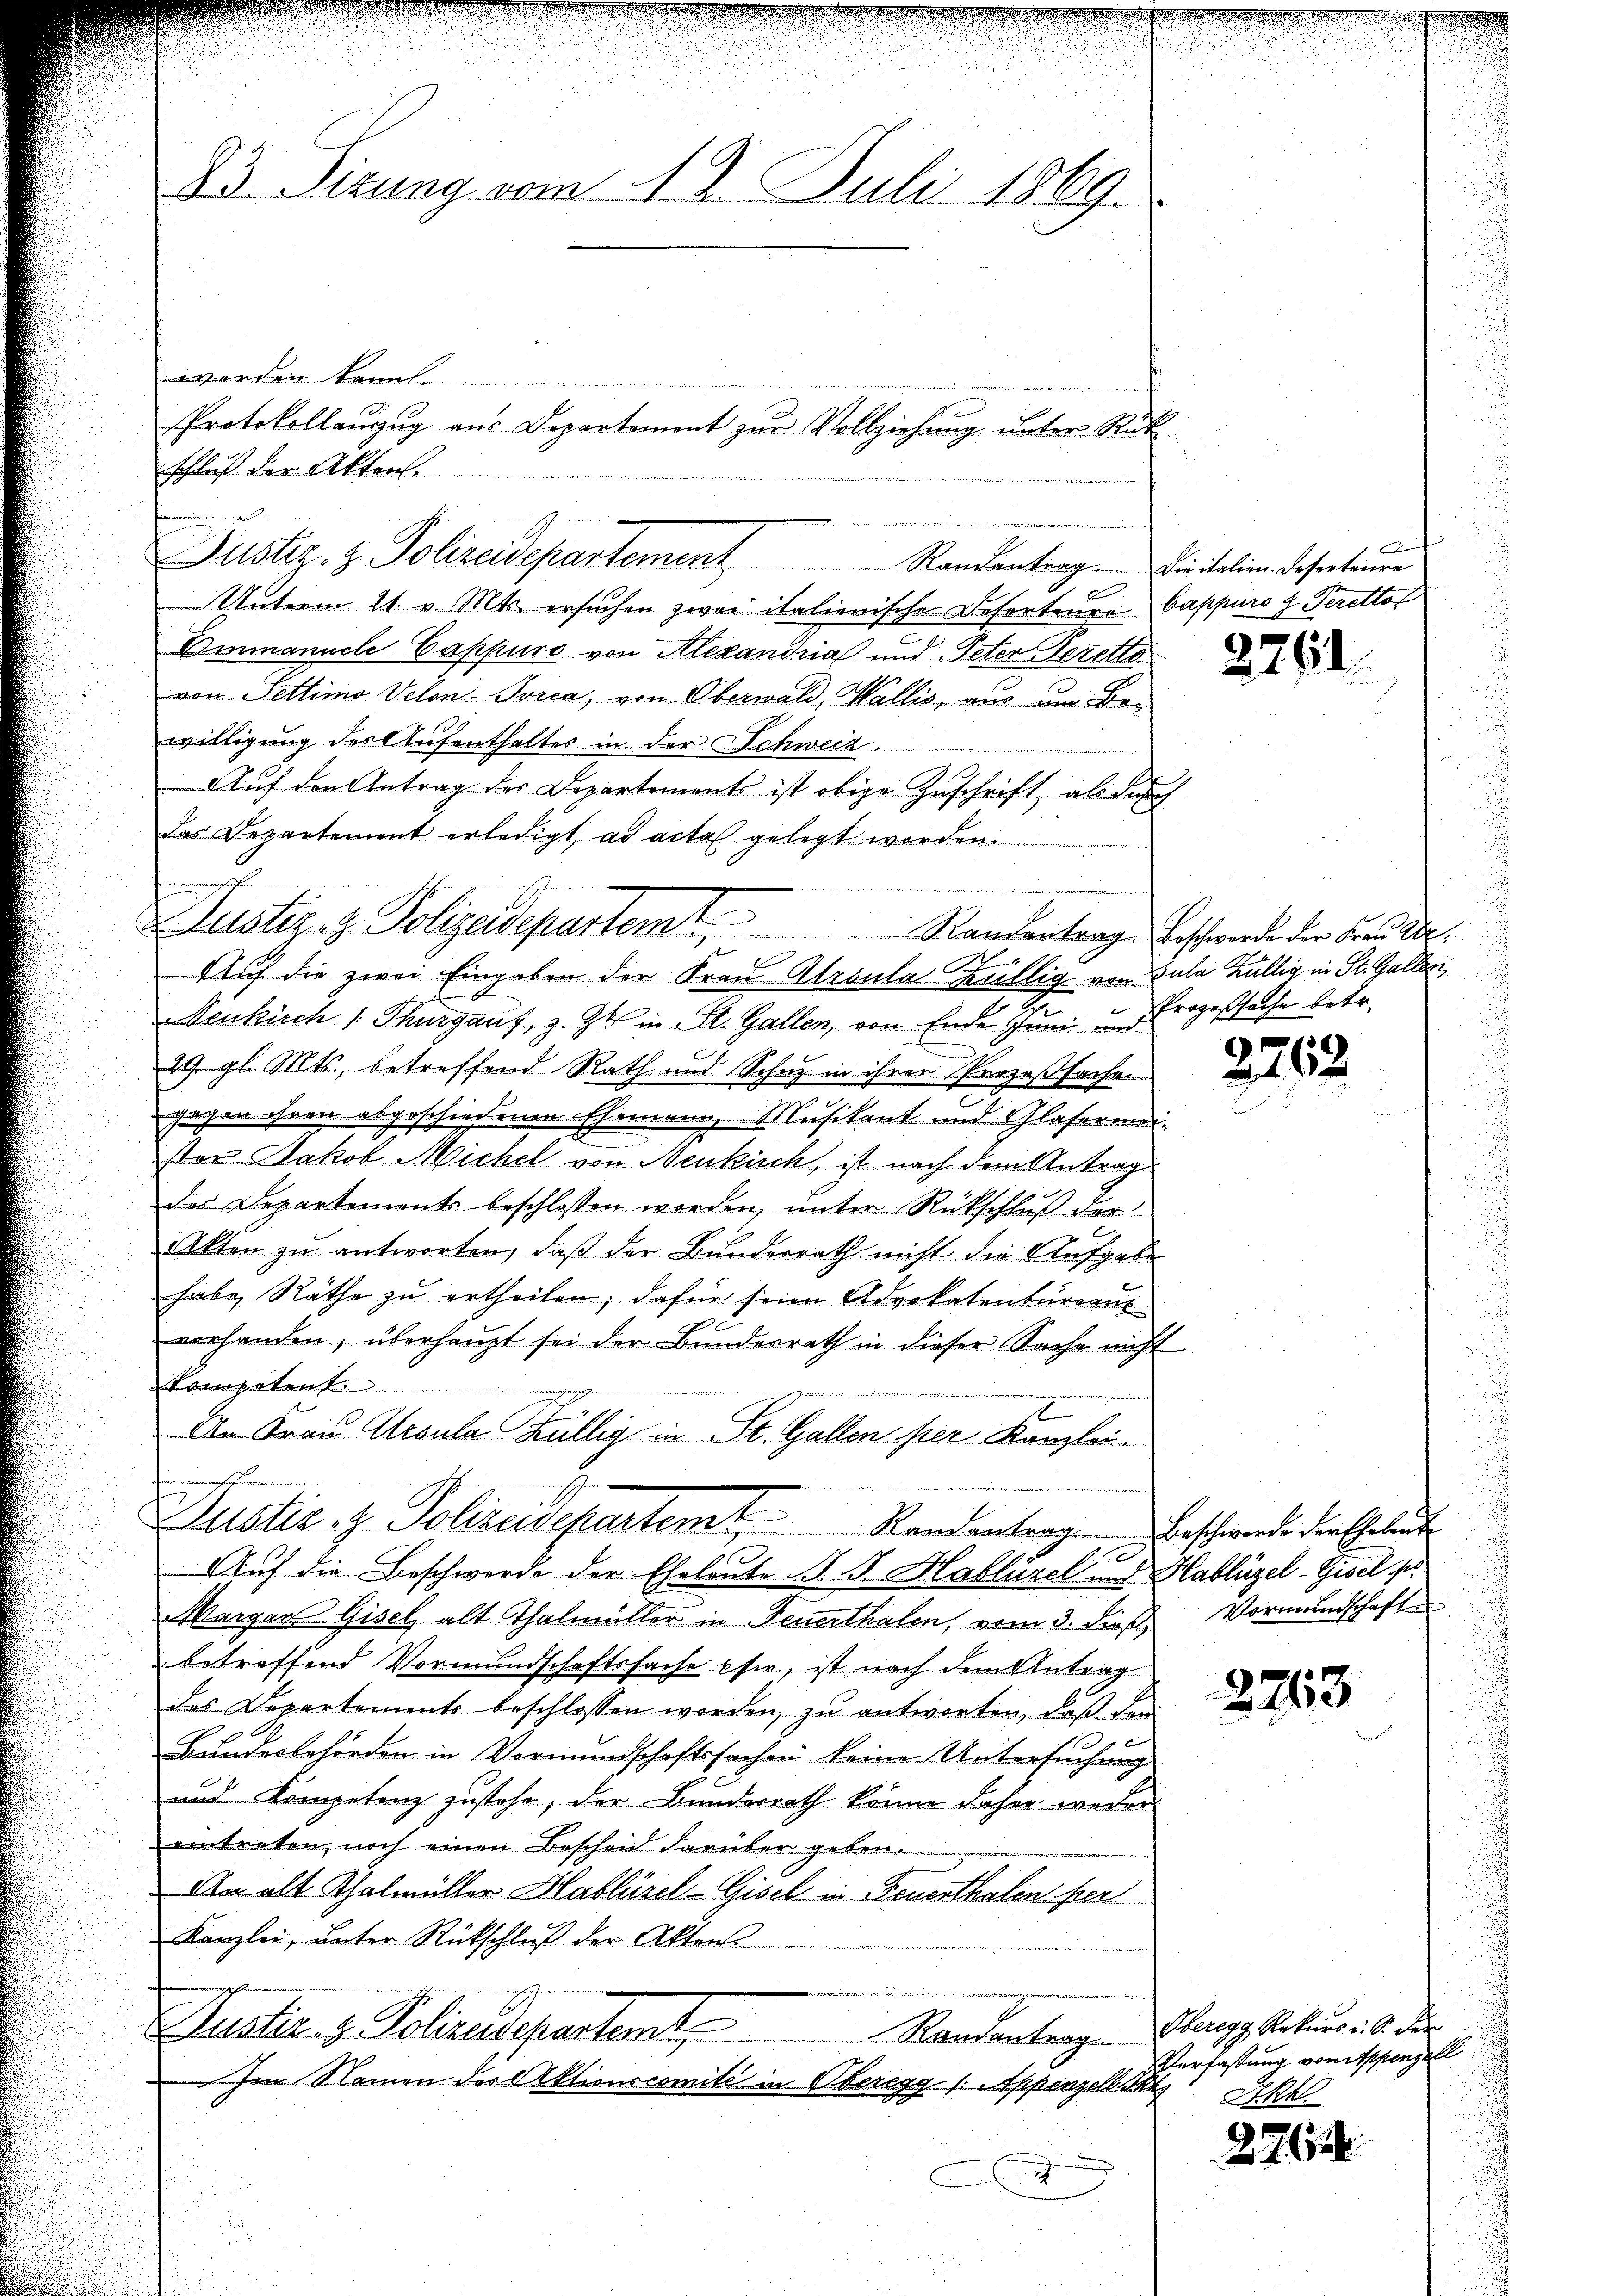
23. Sizung vom 18. Juli 1869.

Justiz- & Polizeidepartemt. Randentrag Beschwerde der Bern der

Protokollanzug aus Departement zur Vollziehung unter Rük¬

Justiz- & Polizeidepartement Randentrag. Die italien deserteure

werden könnte.
schluß der Akten.
f
Unterm 21. v. Mts. ersuchen zwei italienische Deferteure Cappuro 4 Perettot
Emmanuele Cappuro von Alexandria und Peter Gerette
von Settimo Velon Porca, von Oberwald, Wallis, aus um Bewilligung des Aufenthaltes in der Schweiz.
Auf den Antrag der Departement ist obige Zuschrift als durch
Das Departement erledigt ad acta gelegt worden.
¬
Auf die zwei Eingaben der Frau Alroula Küllig von Bula Küllig in St. Galleri
Senkisch /: Thurgauf, z. Zt. in St. Gallen, von Ende Juni im Prozeßsache betr.
29. gl. Mts., betreffend Rath und Schuz in ihrer Prozeßsache
gegen ihren abgeschiedenen Ehemann, Musikant und Glasermeister Jakob Michel von Neukisch, ist nach dem Antrag
des Departements beschlossen worden, unter Rückschluß der
Akten zu antworten, daß der Bunderrath nicht die Aufgabe
habe Räthe zu ertheilen; dafür seien Advokatenturant
vorhanden, überhaupt sei der Bundesrath in dieser Sache nicht
kompetent
J
An Frau Ursula hüllig in St. Gallen per Kanzlei-
Justiz- & Polizeidepartemt Randentrag Beschwerde der Eheleut
Auf die Beschwerde der Eheleute J. J. Hablüzel und Hablügel-Gisel s
Margau Gisel alt Thalmüller in Feuerthalen, vom 3. dieß Vormundschaft
betreffend Vormundschaftssache sie, ist nach dem Antrag
des Departements beschlossen worden, zu antworten, daß dem
Bundesbehörden in Vormundschaftssachen keine Untersuchung
und Kompetenz zustehe, der Bundesrath könne daher weder
eintreten, noch einen Bescheid darüber geben.
An alt Thalmüller Hablüzel-Gisel in Feuerthalen per
Kanzlei, unter Rückschluß der Aktens

Randantrag. Oberegg, Rekurs v. 6. der
Justiz- & Polizeidepartemt
Im Namen des Aktionscomite in Oberegg /: Appenzell Akt Ekk
i

wien eine

2751

2762

2763

Verfassung von itschenzell

2262